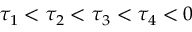
\tau _ { 1 } < \tau _ { 2 } < \tau _ { 3 } < \tau _ { 4 } < 0